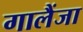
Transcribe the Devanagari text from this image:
गालैंजा